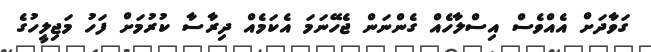
ގަވާދަށް އެއްވެސް އިސްލާހެއް ގެންނަން ޖެހޭނަމަ އެކަމެއް ދިރާސާ ކުރުމަށް ފަހު މަޖިލީހުގެ